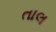
તાલ